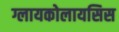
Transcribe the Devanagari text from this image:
ग्लायकोलायसिस